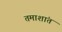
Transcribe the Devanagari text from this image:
तमाशांत